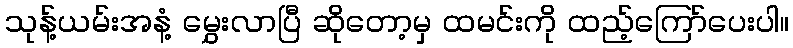
သုန့်ယမ်းအနံ့ မွှေးလာပြီ ဆိုတော့မှ ထမင်းကို ထည့်ကြော်ပေးပါ။